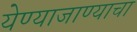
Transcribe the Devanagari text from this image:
येण्याजाण्याचा